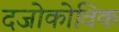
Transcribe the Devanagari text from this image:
दजोकोविक